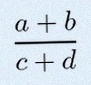
\frac{a+b}{c+d}